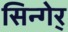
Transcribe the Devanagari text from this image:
सिन्गेर्